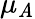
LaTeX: \mu_{\mathit{A}}